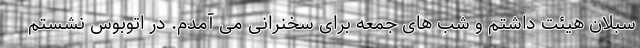
سبلان هیئت داشتم و شب های جمعه برای سخنرانی می آمدم. در اتوبوس نشستم